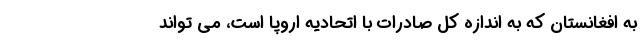
به افغانستان که به اندازه کل صادرات با اتحادیه اروپا است، می تواند